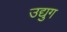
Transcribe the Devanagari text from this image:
उद्युग